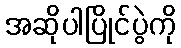
အဆိုပါပြိုင်ပွဲကို